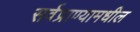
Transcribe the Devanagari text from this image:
सर्वप्राण्यामधील